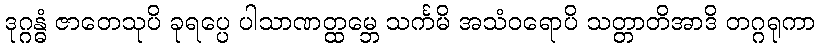
ဒုဂ္ဂန္ဓံ ဇာတေသုပိ ခုရပ္ပေ ပါသာဏတ္ထမ္ဘေ သင်္ကမိ အသံဝရောပိ သတ္တာတိအာဒိ တဂ္ဂရုကာ